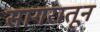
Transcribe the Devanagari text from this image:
सागरातून